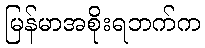
မြန်မာအစိုးရဘက်က